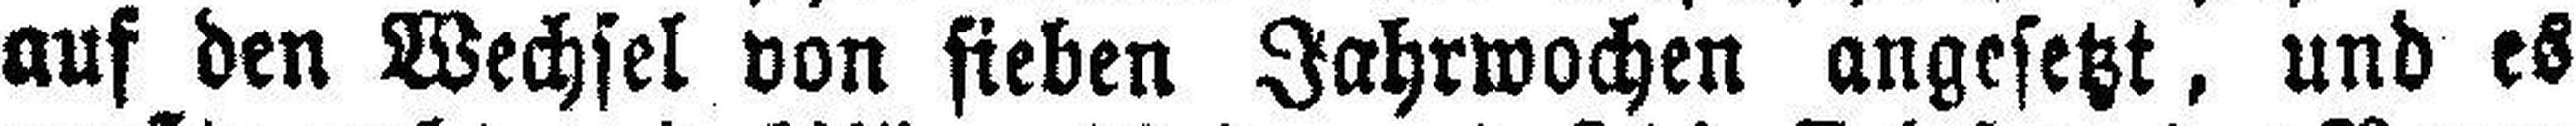
auf den Wechsel von fieben Jahrwochen angesetzt, und es